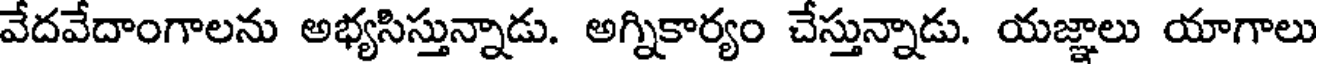
వేదవేదాంగాలను అభ్యసిస్తున్నాడు. అగ్నికార్యం చేస్తున్నాడు. యజ్ఞాలు యాగాలు